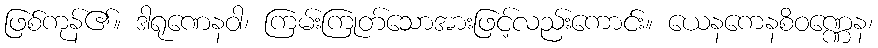
ဖြစ်ကုန်၏။ ဒါရုဏေနဝါ၊ ကြမ်းကြုတ်သောအားဖြင့်လည်းကောင်း။ ယေနကေနစိဝဏ္ဏေန၊